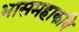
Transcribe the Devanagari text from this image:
भासमहाकवि